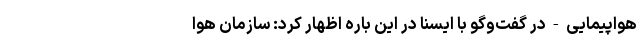
هواپیمایی - در گفت‌وگو با ایسنا در این باره اظهار کرد: سازمان هوا